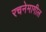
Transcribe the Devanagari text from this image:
रचनेमागील